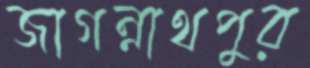
জাগন্নাথপুর